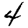
Digit: 4